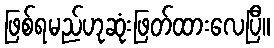
ဖြစ်ရမည်ဟုဆုံးဖြတ်ထားလေပြီ။